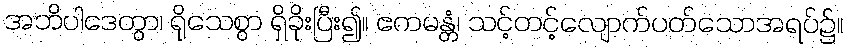
အဘိပါဒေတွာ၊ ရိုသေစွာ ရှိခိုးပြီး၍။ ဧကမန္တံ၊ သင့်တင့်လျောက်ပတ်သောအရပ်၌။